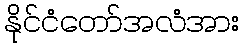
နိုင်ငံတော်အလံအား